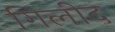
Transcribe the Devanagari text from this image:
गिलीद